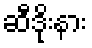
ဆီဒိုးနား